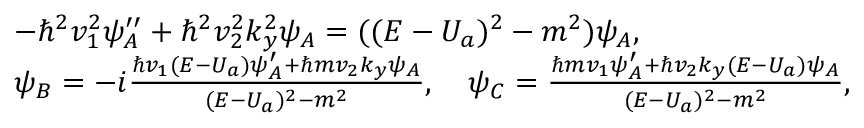
\begin{array} { r l } & { - \hbar ^ { 2 } v _ { 1 } ^ { 2 } \psi _ { A } ^ { \prime \prime } + \hbar ^ { 2 } v _ { 2 } ^ { 2 } k _ { y } ^ { 2 } \psi _ { A } = ( ( E - U _ { a } ) ^ { 2 } - m ^ { 2 } ) \psi _ { A } , } \\ & { \psi _ { B } = - i \frac { \hbar v _ { 1 } ( E - U _ { a } ) \psi _ { A } ^ { \prime } + \hbar m v _ { 2 } k _ { y } \psi _ { A } } { ( E - U _ { a } ) ^ { 2 } - m ^ { 2 } } , \quad \psi _ { C } = \frac { \hbar m v _ { 1 } \psi _ { A } ^ { \prime } + \hbar v _ { 2 } k _ { y } ( E - U _ { a } ) \psi _ { A } } { ( E - U _ { a } ) ^ { 2 } - m ^ { 2 } } , } \end{array}